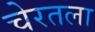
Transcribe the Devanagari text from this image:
चेरतला